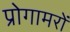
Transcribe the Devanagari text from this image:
प्रोगामरों